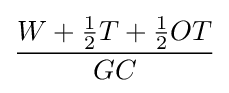
{\frac {W+{\frac {1}{2}}T+{\frac {1}{2}}OT}{GC}}